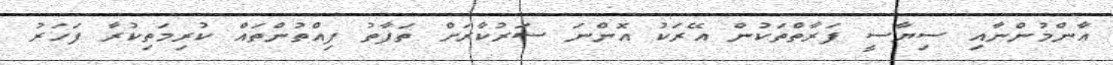
އާންމުންނާއި ސިޔާސީ ފަރާތްތަކުން އޭރަކު އޮންނަ ސަރުކާރަށް ތަފާތު ފިއްތުންތައް ކުރިމަތިކުރާ ފަހަރު